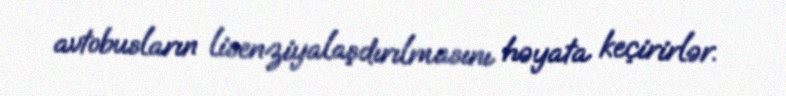
avtobusların lisenziyalaşdırılmasını həyata keçirirlər.